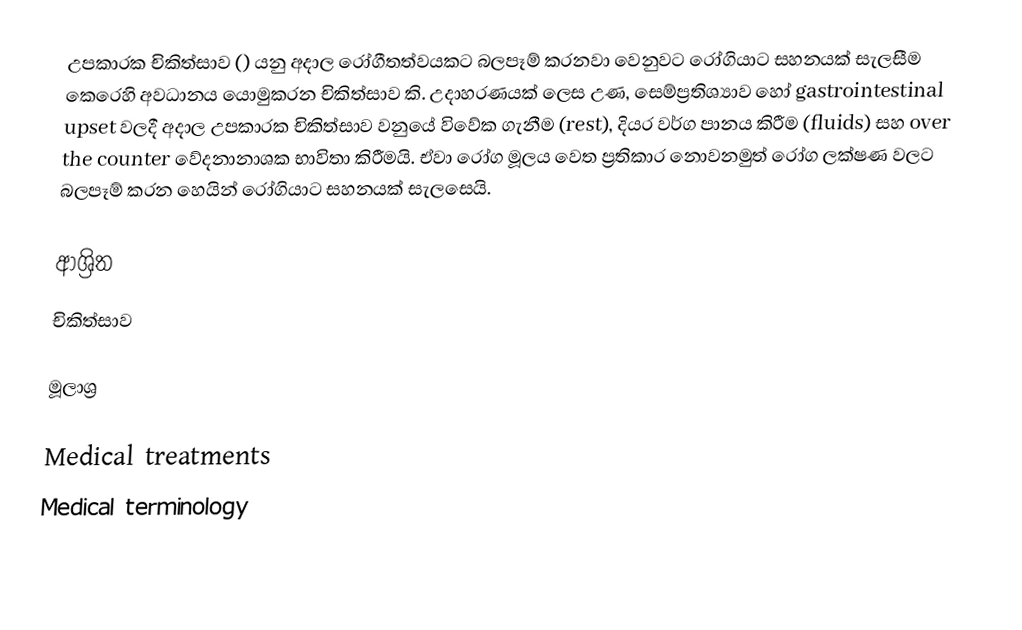
උපකාරක චිකිත්සාව () යනු අදාල රෝගීතත්වයකට බලපෑම් කරනවා වෙනුවට රෝගියාට සහනයක් සැලසීම කෙරෙහි අවධානය යොමුකරන චිකිත්සාව කි. උදාහරණයක් ලෙස උණ, සෙම්ප්‍රතිශ්‍යාව හෝ gastrointestinal upset වලදී අදාල උපකාරක චිකිත්සාව වනුයේ විවේක ගැනීම (rest), දියර වර්ග පානය කිරීම (fluids) සහ over the counter වේදනානාශක භාවිතා කිරීමයි. ඒවා රෝග මූලය වෙත ප්‍රතිකාර නොවනමුත් රෝග ලක්ෂණ වලට බලපෑම් කරන හෙයින් රෝගියාට සහනයක් සැලසෙයි.

ආශ්‍රිත
 චිකිත්සාව

මූලාශ්‍ර

Medical treatments
Medical terminology